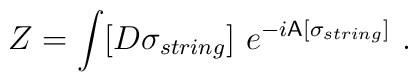
Z = \int [D\sigma_{string}] \ e^{-i {\sf A}[\sigma_{string}]}\ .